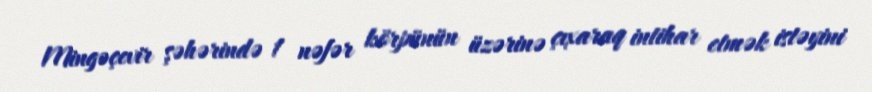
Mingəçevir şəhərində 1 nəfər körpünün üzərinə çıxaraq intihar etmək istəyini